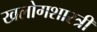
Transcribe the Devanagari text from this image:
खलोगशास्त्री